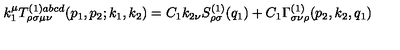
k _ { 1 } ^ { \mu } T _ { \rho \sigma \mu \nu } ^ { ( 1 ) a b c d } ( p _ { 1 } , p _ { 2 } ; k _ { 1 } , k _ { 2 } ) = C _ { 1 } k _ { 2 \nu } S _ { \rho \sigma } ^ { ( 1 ) } ( q _ { 1 } ) + C _ { 1 } \Gamma _ { \sigma \nu \rho } ^ { ( 1 ) } ( p _ { 2 } , k _ { 2 } , q _ { 1 } )